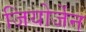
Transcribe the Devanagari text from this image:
जियोर्जेन